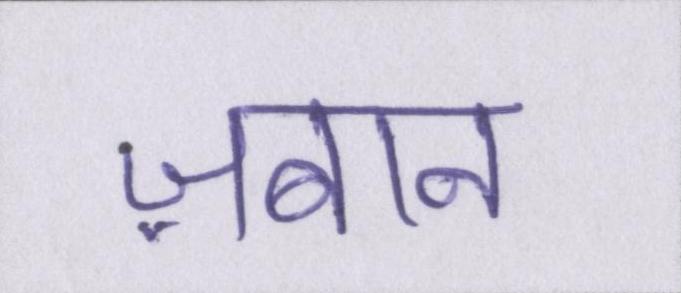
ज़बान